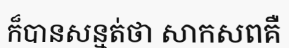
ក៏បានសន្មត់ថា សាកសពគឺ